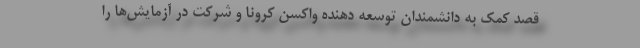
قصد کمک به دانشمندان توسعه دهنده واکسن کرونا و شرکت در آزمایش‌ها را